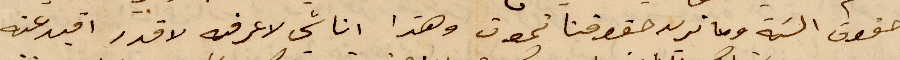
حقوق السنة وما نريد حقوقنا تموت وهذا اناسي لاعرفه لاقدر اقيد عنه